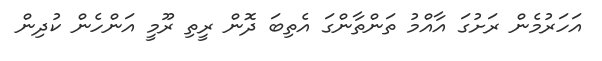
އަހަރުމެން ރަށުގަ އާއްމު ތަންތާންގަ އެތިބަ ދޮން ރީތި ރޫމީ އަންހެން ކުދިން